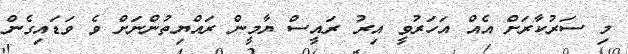
މި ސަރުކާރަށް އެއް އަހަރުވީ އިރު ރައީސް ޔާމީން ރައްޔިތުންނަށް ވެ ވަޑައިގެން